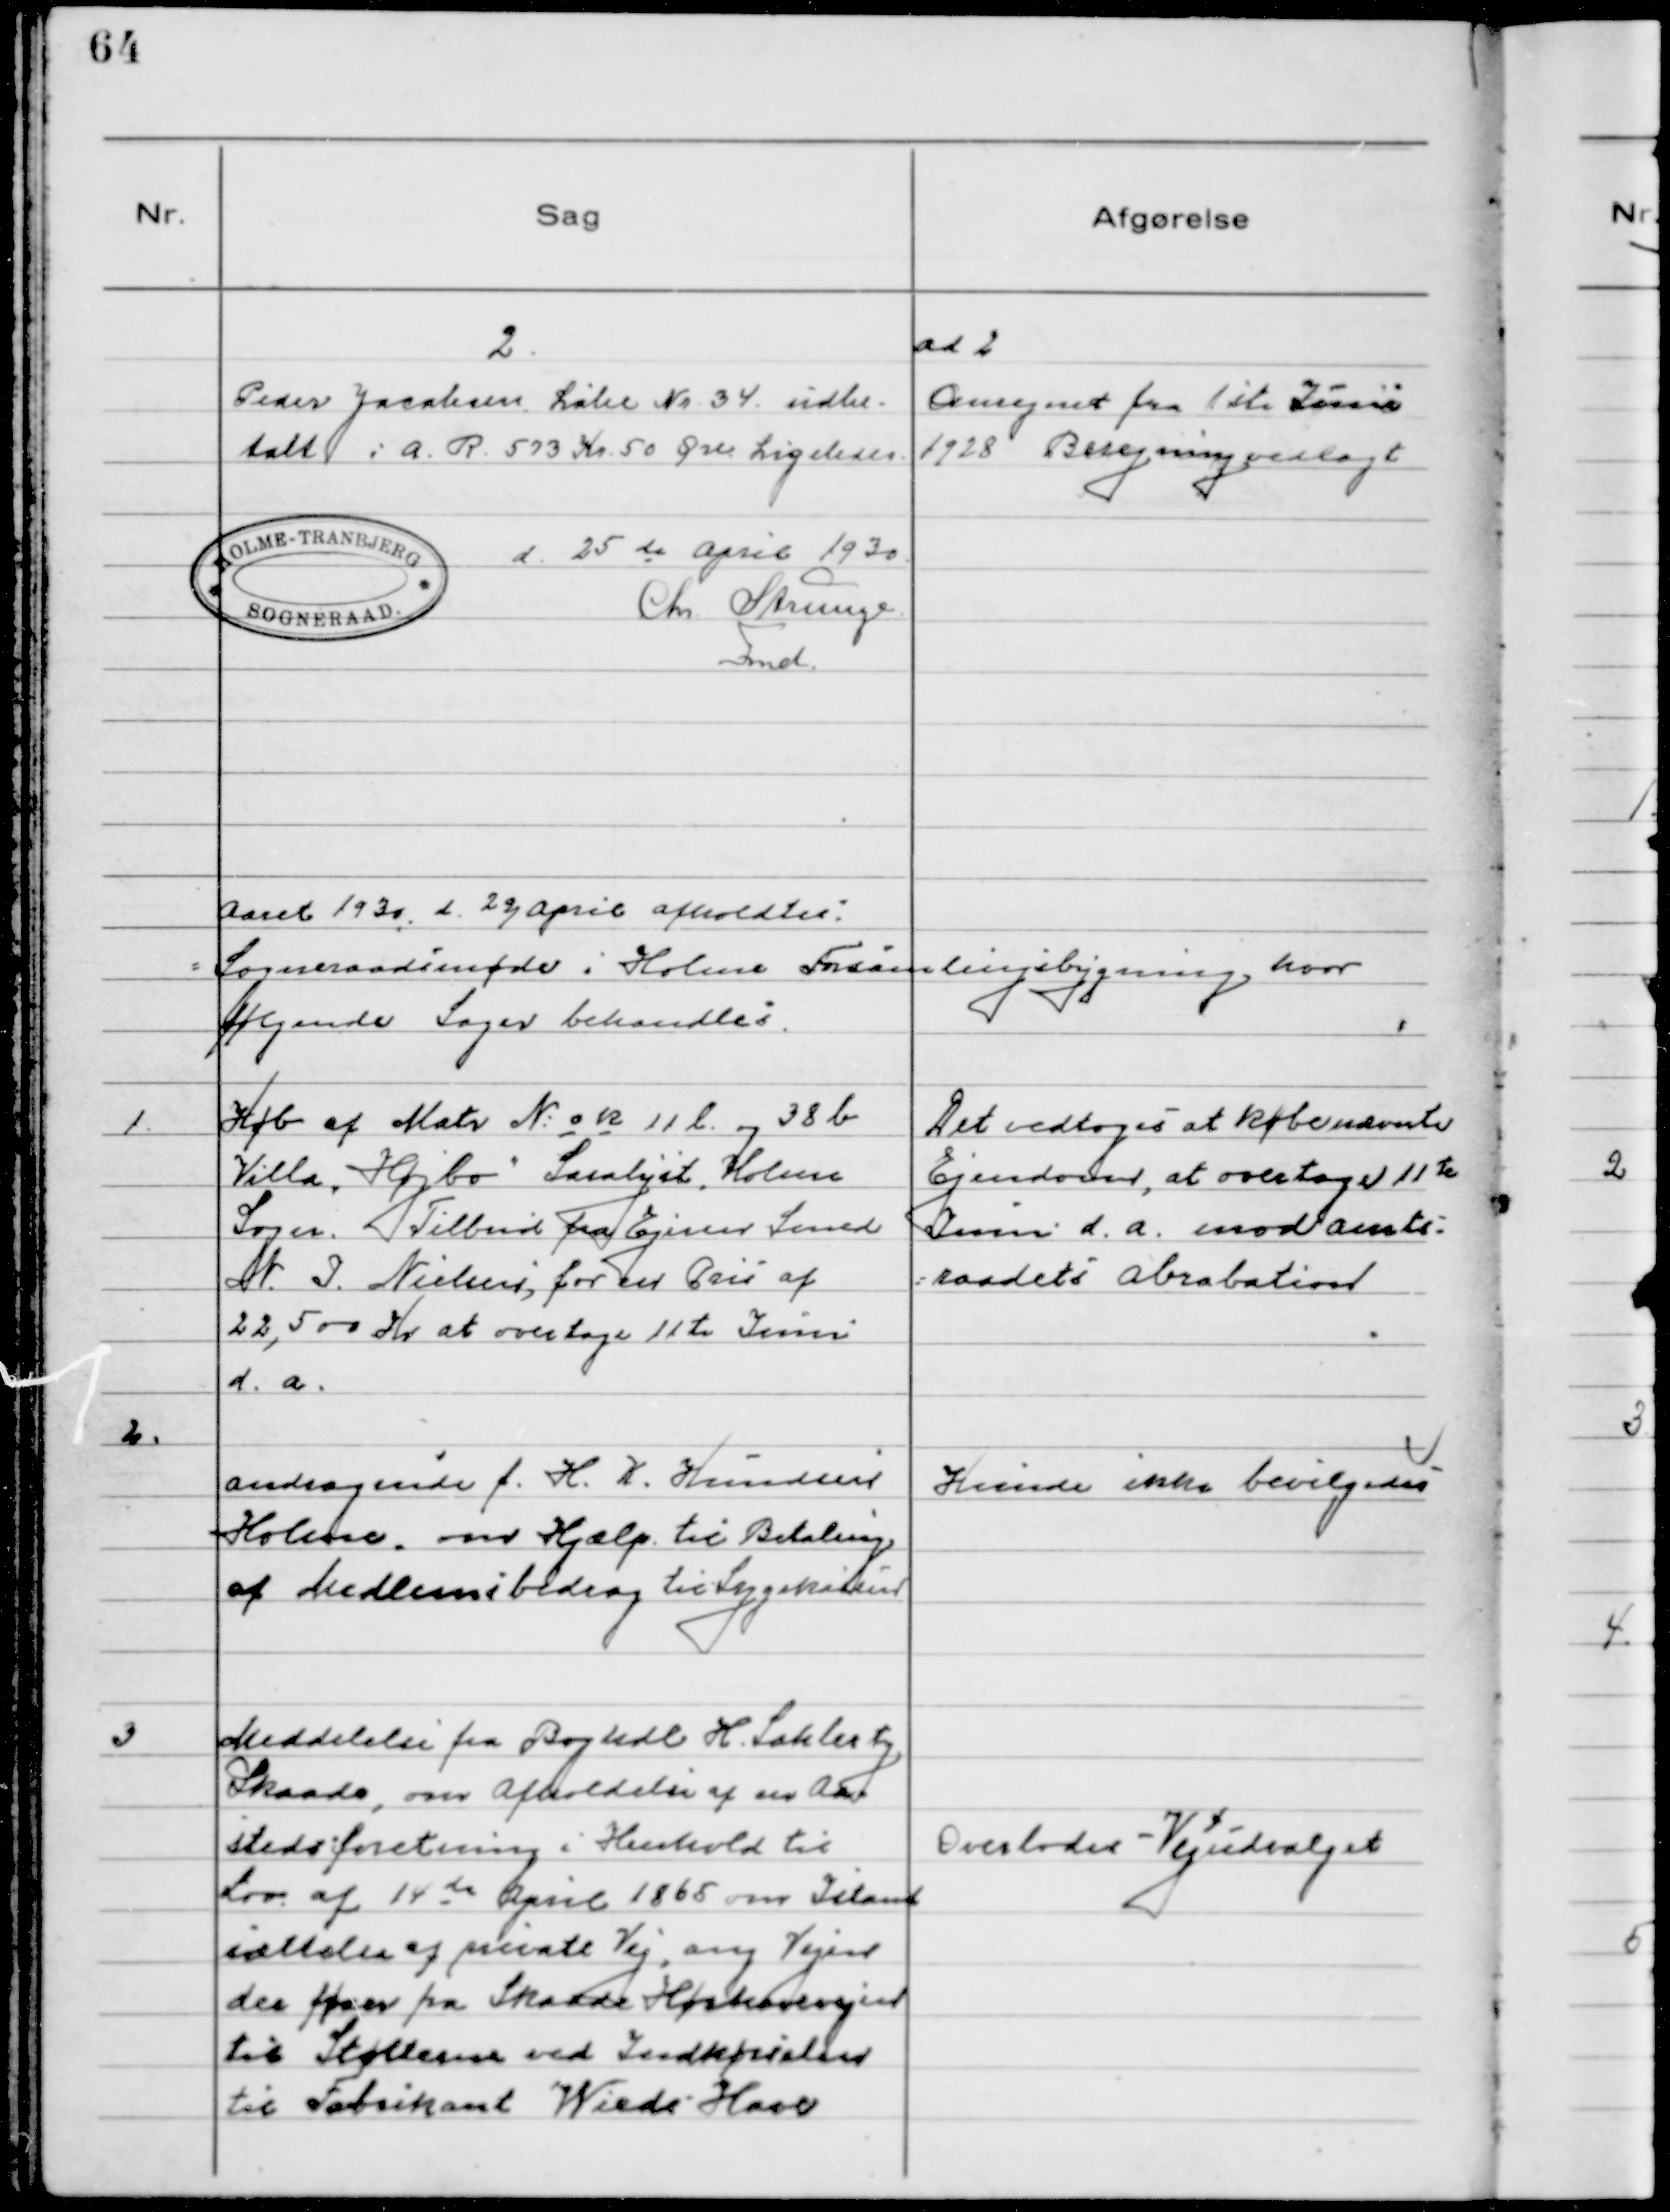
Transskription:
2.
Peder Jacobsen Løbe Nr. 34 udbe-
talt i A.R. 573 Kr. 50 Øre Ligeledes
d. 25de April 1930
Chr. Strunge
Fmd.

ad 2
Omregnet fra 1ste Juni
1928 Beregning vedlagt

Aaret 1930 d. 22/April afholdtes
Sogneraadsmøde i Holme Forsamlingsbygning hvor
følgende sager behandles

1. Køb af Matr N: o k 11 l og 38 b
Villa "Højbo" Saralyst, Holme
Sogn. Tilbud fra Ejner Smed
N.I. Nielsen, for en Pris af
22,500 Kr at overtage 11te Juni
d.a.

Det vedtoges at købe nævnte
Ejendom, at overtage 11te
Juni d.a. mod Amts-
raadets Abrabation

2.
Andragende f. H.K. Knudsen
Holme om Hjælp til Betaling
af Medlemsbidrag til Sygekassen

Kunde ikke bevilgedes

3 Meddelelse fra Boghdl H. Sahlertz
Skaade, om Afholdelse af en Aa-
stedsforrretning i Henhold til
Lov af 14de April 1865 om Istand
sættelse af private Vej, ang Vejen
der fører fra Skaade Hørhavevejen
til Støtterne ved Indkørselen
til Fabrikant Wieds Have

Overlodes Vejudvalget